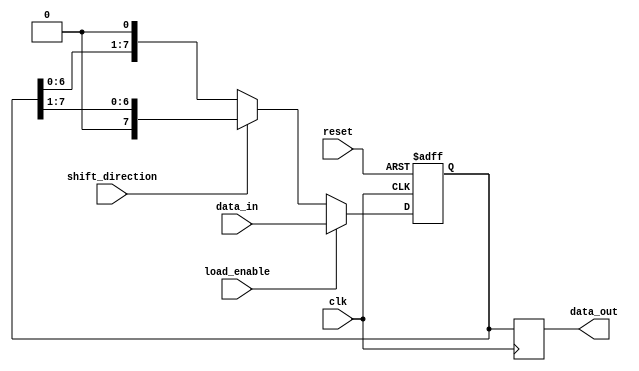
module LogarithmicShiftRegister #(
    parameter WIDTH = 8 // Configurable width (8, 16, 32, etc.)
)(
    input wire clk,                // Clock signal
    input wire reset,              // Reset signal
    input wire load_enable,        // Load enable signal
    input wire shift_direction,     // Shift direction: 0 for left, 1 for right
    input wire [WIDTH-1:0] data_in, // Data input for parallel load
    output reg [WIDTH-1:0] data_out // Data output
);

    // Internal register to hold the current state of the shift register
    reg [WIDTH-1:0] register;

    // Logarithmic arithmetic block (placeholder for actual implementation)
    function [WIDTH-1:0] logarithmic_operation(input [WIDTH-1:0] value);
        // Example: Simple logarithmic scaling (base 2)
        // This is a placeholder; actual implementation will depend on requirements
        logarithmic_operation = value; // No operation for now
    endfunction

    // Always block for synchronous operations
    always @(posedge clk or posedge reset) begin
        if (reset) begin
            // Clear the register on reset
            register <= 0;
        end else if (load_enable) begin
            // Load new data into the register
            register <= data_in;
        end else begin
            // Perform shift operation
            if (shift_direction == 1'b0) begin
                // Left shift
                register <= {register[WIDTH-2:0], 1'b0}; // Shift left and insert 0
            end else begin
                // Right shift
                register <= {1'b0, register[WIDTH-1:1]}; // Shift right and insert 0
            end
        end
    end

    // Apply logarithmic operation on the shifted data
    always @(posedge clk) begin
        data_out <= logarithmic_operation(register);
    end

endmodule